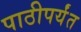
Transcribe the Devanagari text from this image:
पाठीपर्यंत